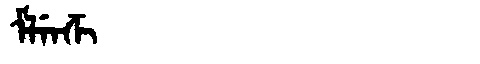
Manchu: ᠮᠯᡝᠨᡯᡳ
Romanization: MLENDZI